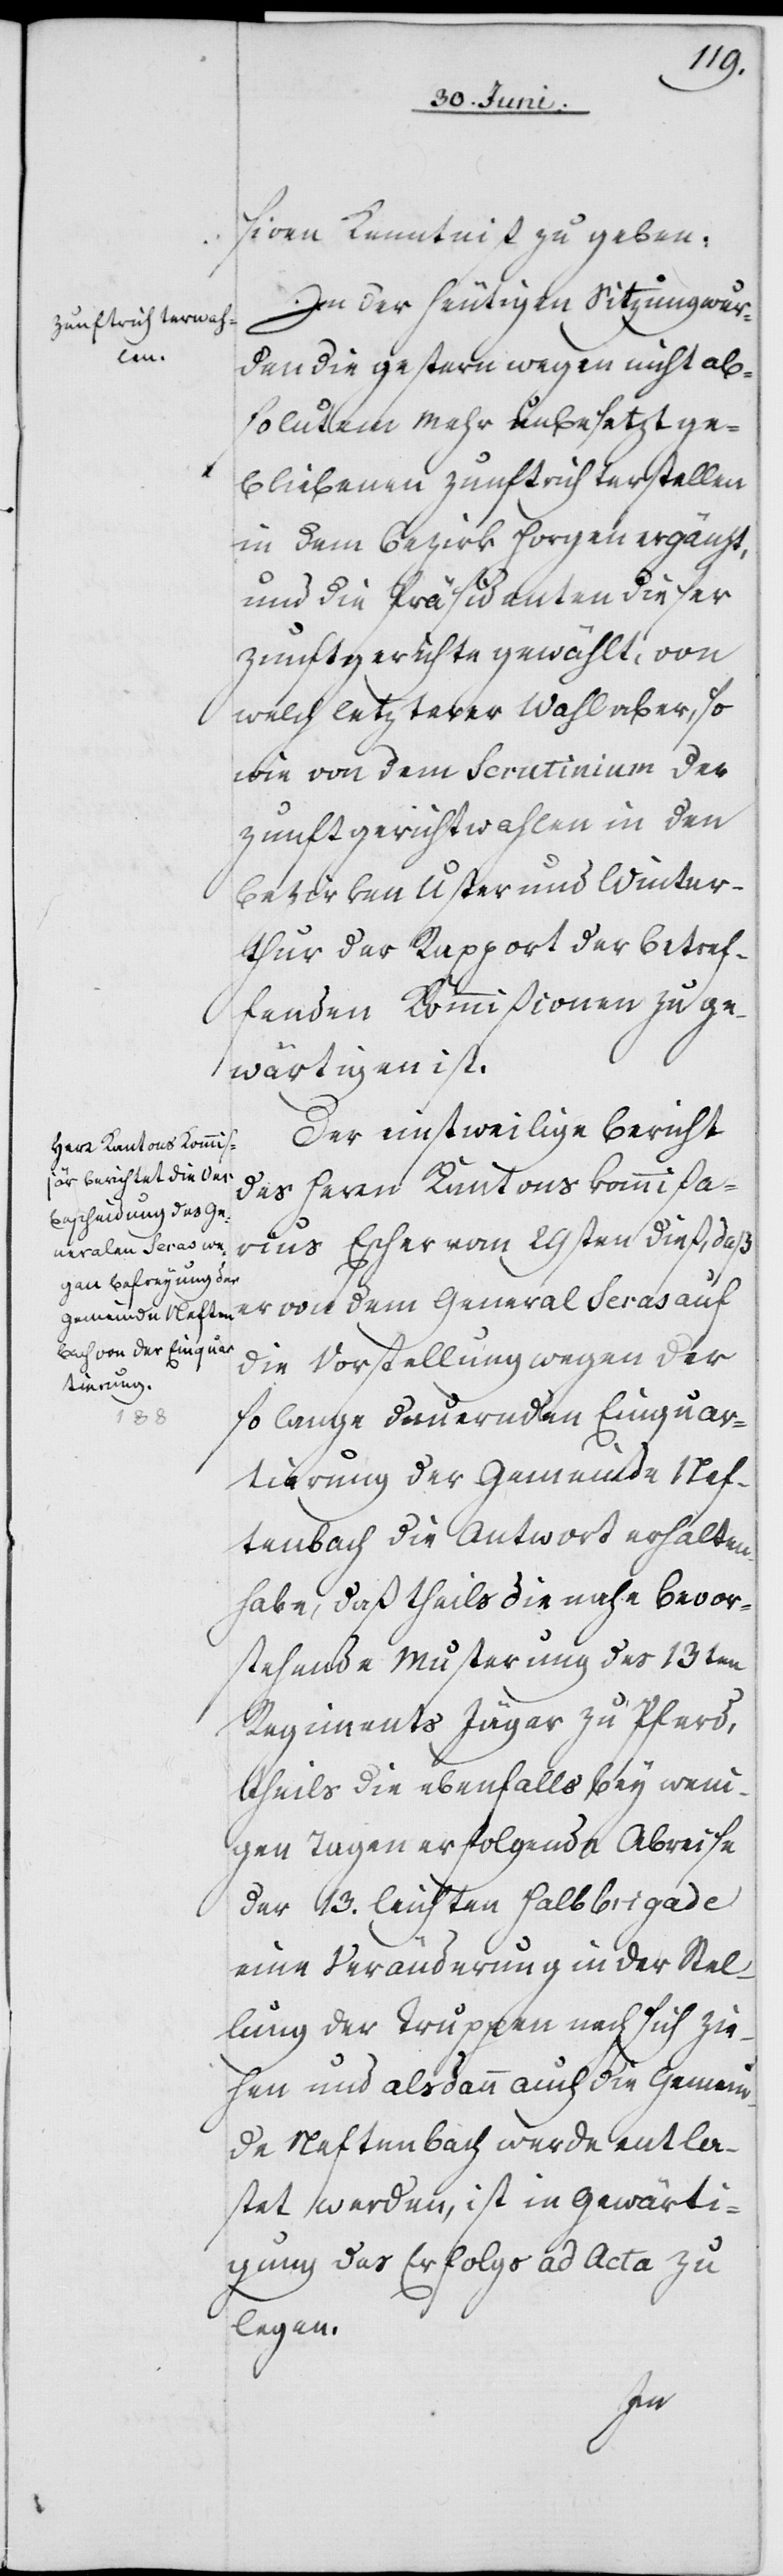
siven Kenntniß zu geben.
In der heutigen Sizung wer¬
den die gestern wegen nicht abs¬
olutem Mehr unbesetzt ge¬
bliebenen Zunftrichterstellen
in dem Bezirk Horgen ergänzt,
und die Präsidenten dieser
Zunftgerichte gewählt, von
welch letzterer Wahl aber, so
wie von dem Scrutinium der
Zunftgerichtwahlen in den
Bezirken Uster und Winter¬
thur der Rapport der betref¬
fenden Kommißionen zu ge¬
wärtigen ist.
Der einstweilige Bericht
des Herrn Kantonskommißar¬
ius Escher vom 29sten dieß, daß
er von dem General Seras auf
die Vorstellung wegen der
so lange dauernden Einquar¬
tierung der Gemeinde Nef¬
tenbach die Antwort erhalten
habe, daß theils die nahe bevor¬
stehende Musterung des 13ten
Regiments Jäger zu Pferd,
theils die ebenfalls bey weni¬
gen Tagen erfolgende Abreise
der 13. leichten Halbbrigade
eine Veränderung in der Stel¬
lung der Truppen nach sich
hen und alsdann auch die Gemein¬
de Neftenbach werde entla¬
stet werden, ist in Gewärti¬
gung des Erfolgs ad Acta zu
legen.
zie¬